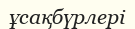
ұсақбүрлері